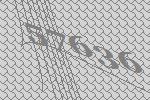
57636